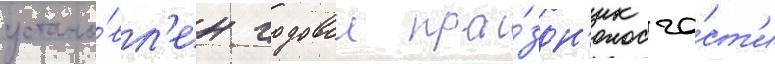
устано́вл'ен годовои пра́здн'ик ча́ст'и